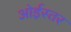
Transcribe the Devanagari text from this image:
ओईस्तर